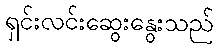
ရှင်းလင်းဆွေးနွေးသည်